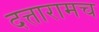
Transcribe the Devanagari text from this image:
दत्तारामच